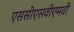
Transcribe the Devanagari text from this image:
एससीएसवीएमवी